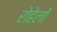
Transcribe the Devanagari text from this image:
रोहेलों